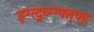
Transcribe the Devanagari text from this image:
झ्ग्त्द्र्घ्ग्ग्फ्त्फ्ह